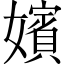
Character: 嬪